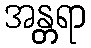
အန္တရာ